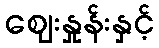
ဈေးနှုန်းနှင့်